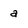
Character: a